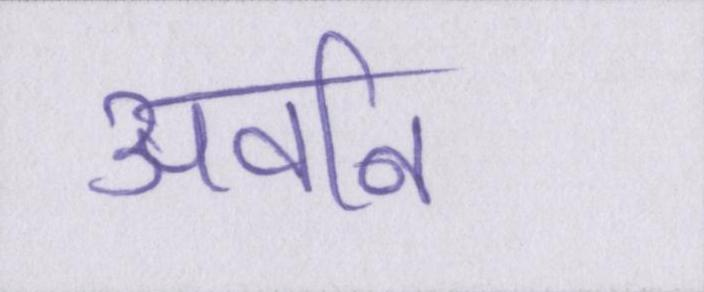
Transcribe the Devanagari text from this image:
अवनि